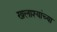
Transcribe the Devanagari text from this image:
खलाश्यांच्या